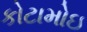
કોટામોઇ